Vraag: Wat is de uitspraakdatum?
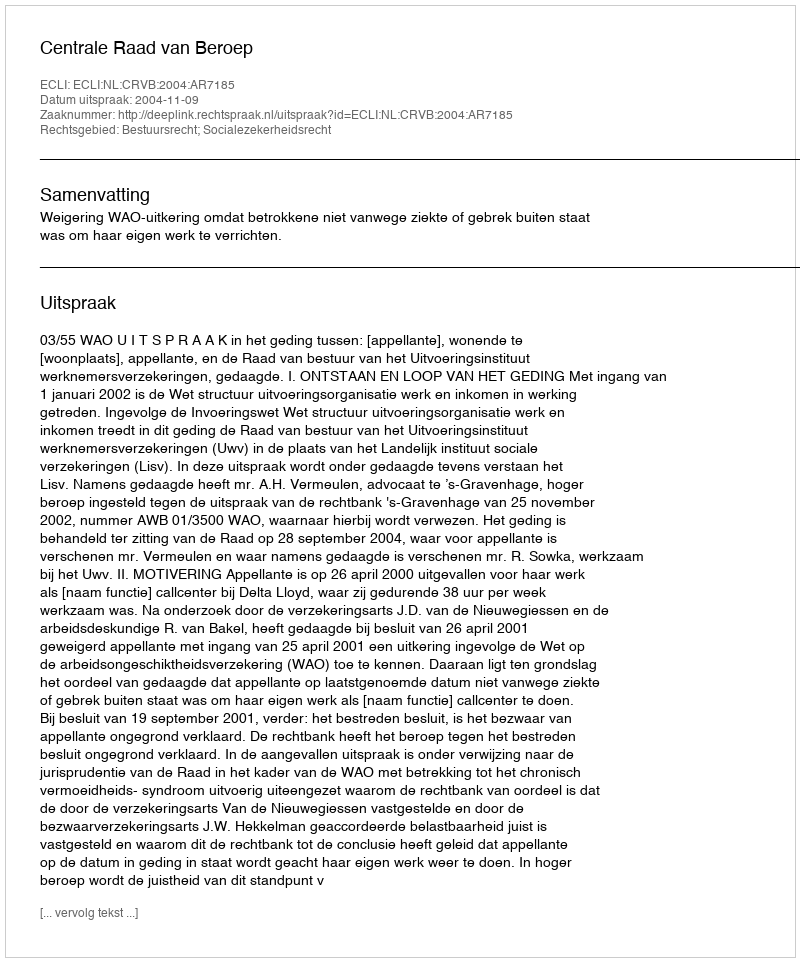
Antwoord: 2004-11-09